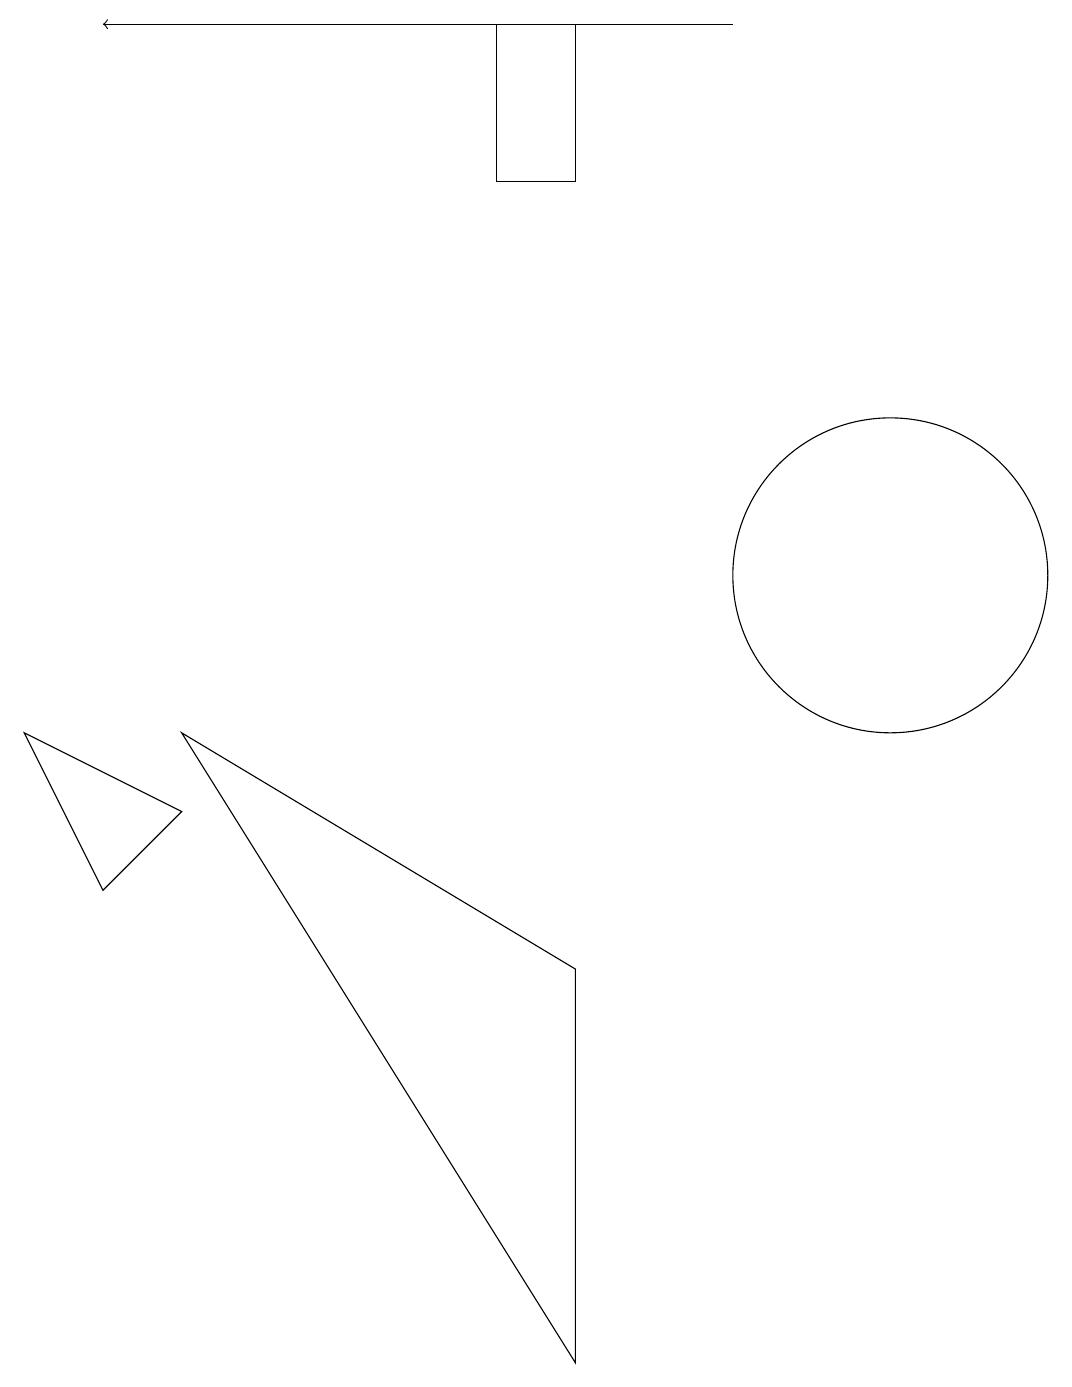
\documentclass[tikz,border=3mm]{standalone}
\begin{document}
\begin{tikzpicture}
\draw[->] (9,18) -- (1,18);
\draw (11,11) circle (2);
\draw (7,6) -- (7,1) -- (2,9) -- cycle;
\draw (7,18) rectangle (6,16);
\draw (0,9) -- (1,7) -- (2,8) -- cycle;
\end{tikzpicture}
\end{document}